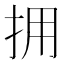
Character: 拥